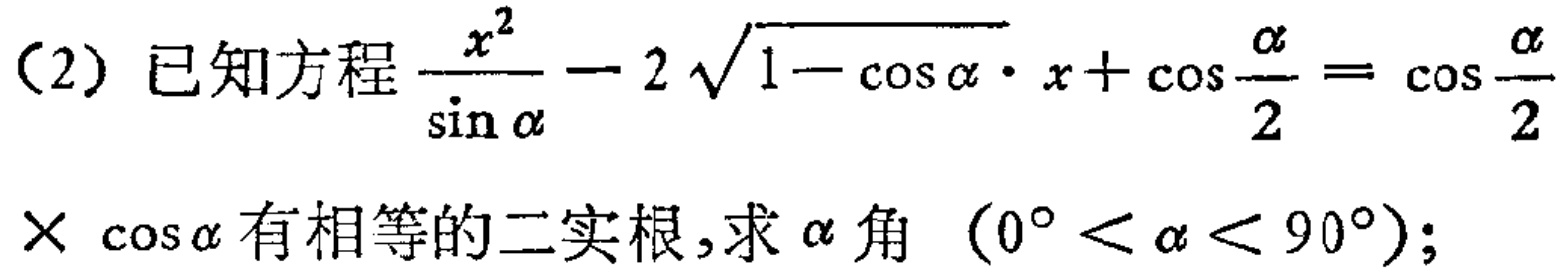
(2) 已知方程$\frac{x^{2}}{\sin\alpha}-2\sqrt{1 - \cos\alpha}\cdot x+\cos\frac{\alpha}{2}=\cos\frac{\alpha}{2}\times\cos\alpha$有相等的二实根，求$\alpha$角（$0^{\circ}<\alpha<90^{\circ}$）；